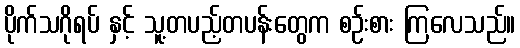
ပိုက်သဂိုရပ် နှင့် သူ့တပည့်တပန်းတွေက စဉ်းစား ကြလေသည်။